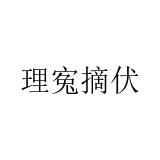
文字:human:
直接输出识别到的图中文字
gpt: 理寃摘伏